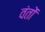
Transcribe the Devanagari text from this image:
वंतों